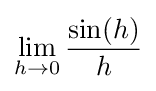
\lim _{h\to 0}{\frac {\sin(h)}{h}}